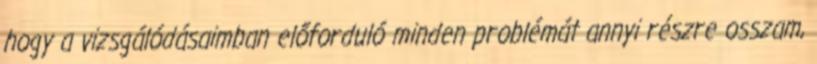
hogy a vizsgálódásaimban előforduló minden problémát annyi részre osszam,